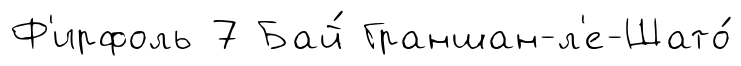
Ф'ирфоль 7 Бай́ Граншан-л'е-Шато́